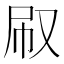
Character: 㕞